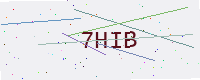
Text: 7HIB